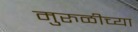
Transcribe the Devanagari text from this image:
मुरुळीच्या